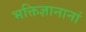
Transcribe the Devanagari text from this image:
भक्तिज्ञानानां